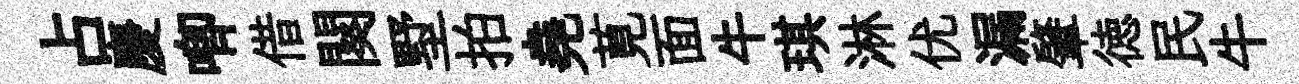
占慶唧借闋墅拍堯莧面牛琪淋优漏肇徳民牛